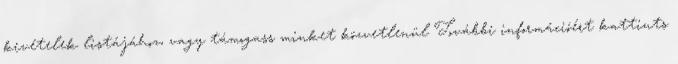
kivételek listájához, vagy támogass minket közvetlenül További információért kattints